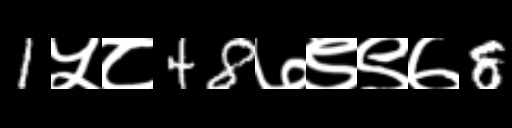
Text: 1५८48७९९७8